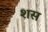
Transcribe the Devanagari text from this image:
शस